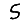
Digit: 5